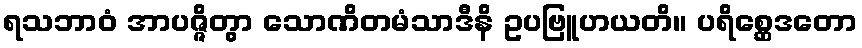
ရသဘာဝံ အာပဇ္ဇိတွာ သောဏိတမံသာဒီနိ ဥပဗြူဟယတိ။ ပရိစ္ဆေဒတော